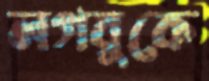
লগবুকে